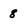
Character: 8